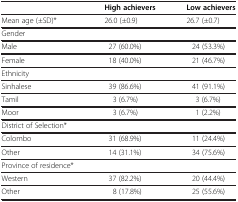
|  | High achievers | Low achievers |
 | --- | --- | --- |
 | Mean age (±SD)* | 26.0 (±0.9) | 26.7 (±0.7) |
 | Gender |  |  |
 | Male | 27 (60.0%) | 24 (53.3%) |
 | Female | 18 (40.0%) | 21 (46.7%) |
 | Ethnicity |  |  |
 | Sinhalese | 39 (86.6%) | 41 (91.1%) |
 | Tamil | 3 (6.7%) | 3 (6.7%) |
 | Moor | 3 (6.7%) | 1 (2.2%) |
 | District of Selection* |  |  |
 | Colombo | 31 (68.9%) | 11 (24.4%) |
 | Other | 14 (31.1%) | 34 (75.6%) |
 | Province of residence* |  |  |
 | Western | 37 (82.2%) | 20 (44.4%) |
 | Other | 8 (17.8%) | 25 (55.6%) |